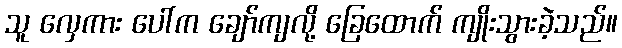
သူ လှေကား ပေါ်က ချော်ကျလို့ ခြေထောက် ကျိုးသွားခဲ့သည်။